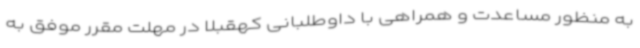
به منظور مساعدت و همراهی با داوطلبانی کهقبلاً در مهلت مقرر موفق به